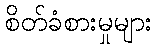
စိတ်ခံစားမှုများ